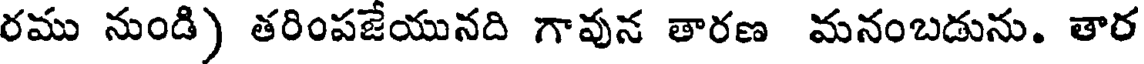
రము నుండి) తరింపజేయునది గావున తారణ మనంబడును. తార